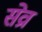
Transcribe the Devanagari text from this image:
सेव्रा